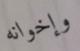
وإخوانه